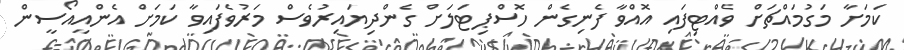
ކަމަށާ މަގުމައްޗަށް ވެއްޓިފައި އޮއްވާ ފެނިގެން ހޮސްޕިޓަލަށް ގެންދިޔައިރުވެސް މަރުވެފައިވާ ކަމަށް އެންއީއޯސީން